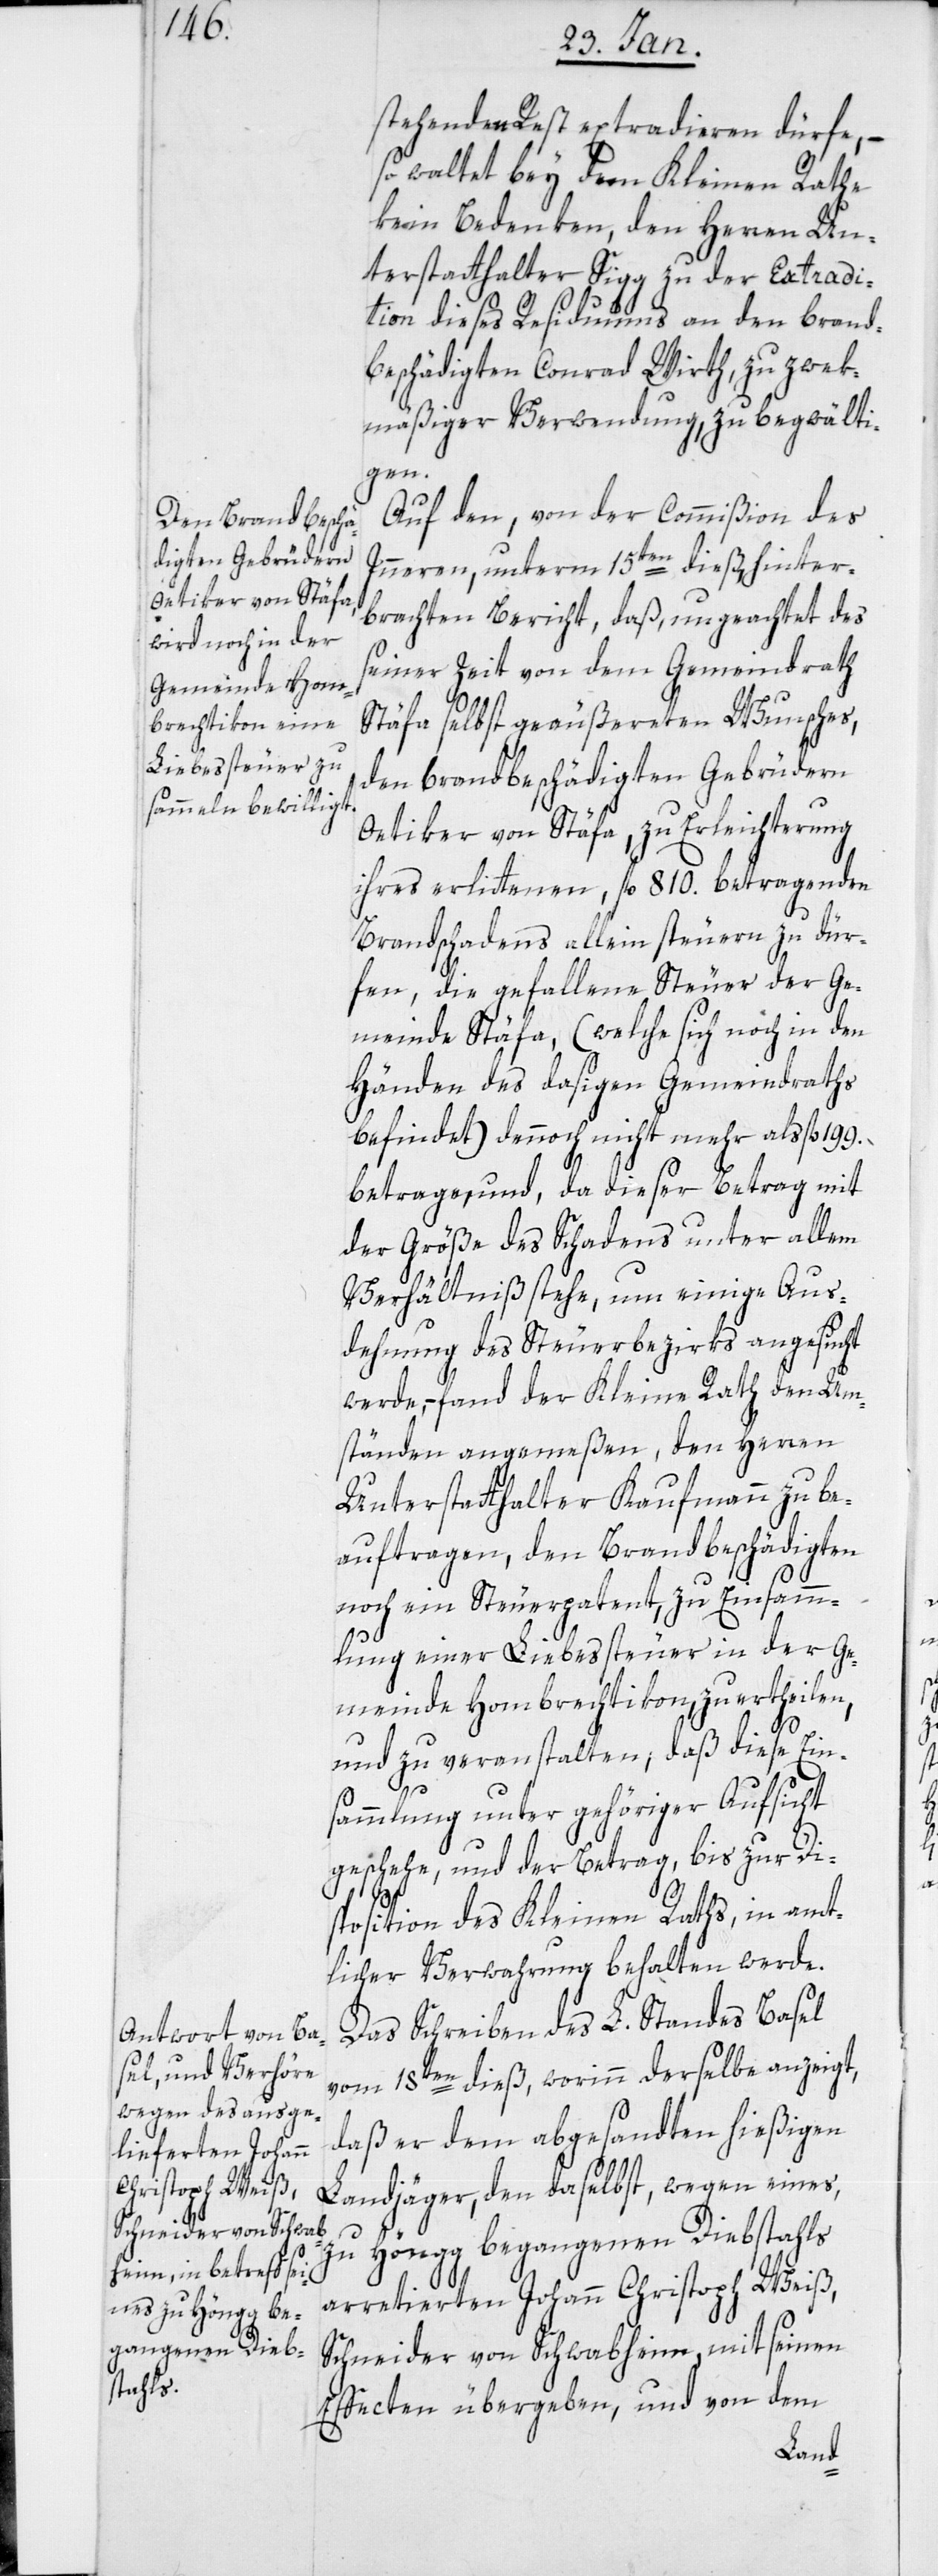
stehende Rest extradieren dürfe, –
so waltet bey dem Kleinen Rathe
kein Bedenken, den Herren Un¬
terstatthalter Sigg zu der Extradi¬
tion dieses Residuums an den brand¬
beschädigten Conrad Wirth, zu zwek¬
mäßiger Verwendung, zu begwälti¬
gen.
Auf den, von der Commißion des
Inneren, unterm 15ten dieß, hinter¬
brachten Bericht, daß, ungeachtet des
seiner Zeit von dem Gemeindrath
Stäfa selbst geäußerten Wunsches,
den brandbeschädigten Gebrüdern
Oetiker von Stäfa, zu Erleichterung
ihres erlittenen, fl 810. betragenden
Brandschadens allein steuern zu dür¬
fen, die gefallene Steuer der Ge¬
meinde Stäfa, (welche sich noch in den
Händen des dasigen Gemeindraths
befindet) dennoch nicht mehr als fl.
betrage, und, da dieser Betrag mit
der Größe des Schadens unter allem
Verhältniß stehe, um einige Aus¬
dehung des Steuerbezirks angesucht
werde, – fand der Kleine Rath den Um¬
ständen angemeßen, den Herren
Unterstatthalter Kaufmann zu be¬
auftragen, den Brandbeschädigten
noch ein Steuerpatent zu Einsamm¬
lung einer Liebessteuer in der Ge¬
meinde Hombrechtikon, zu ertheilen,
und zu veranstalten, daß diese Ein¬
sammlung unter gehöriger Aufsicht
geschehe, und der Betrag bis zur Di¬
sposition des Kleinen Raths, in amt¬
licher Verwahrung behalten werde.
Das Schreiben des L. Standes Basel
vom 18ten dieß, worinn derselbe anzeigt,
daß er dem abgesandten hießigen
Landjäger, den daselbst, wegen eines
zu Höngg begangenen Diebstahls
arretierten Johann Christoph Weiß,
Schneider von Schwabheim, mit seinen
Effecten übergeben, und von dem